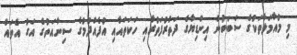
މި މުއާމަލާތަކުގެ ސަބަބުން އިންޑިޔާގެ ދަތުރުފަތުރާއި ހަކަތައާއި އުފެއްދުމުގެ ސިނާއަތުގެ އަގު އެތައް